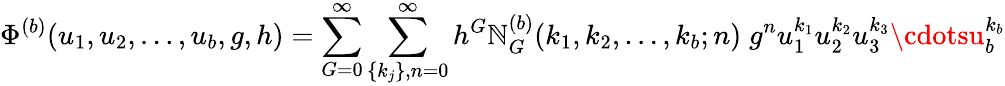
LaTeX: \Phi^{(b)}(u_{1},u_{2},\ldots,u_{b},g,h)=\sum_{G=0}^{\infty}\sum_{\{ k_{j}\} ,n=0}^{\infty}h^{G}{\cal\mathbb{N}}_{G}^{(b)}(k_{1},k_{2},\ldots,k_{b};n)\; g^{n}u_{1}^{k_{1}}u_{2}^{k_{2}}u_{3}^{k_{3}}\cdotsu_{b}^{k_{b}}